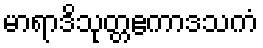
မာရာဒိသုတ္တဧကာဒသကံ